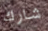
شارك